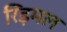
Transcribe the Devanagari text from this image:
रिड़मल